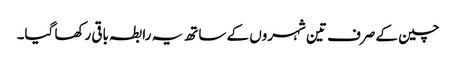
چین کے صرف تین شہروں کے ساتھ یہ رابطہ باقی رکھا گیا۔